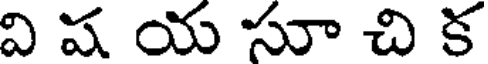
వి ష య సూ చి క